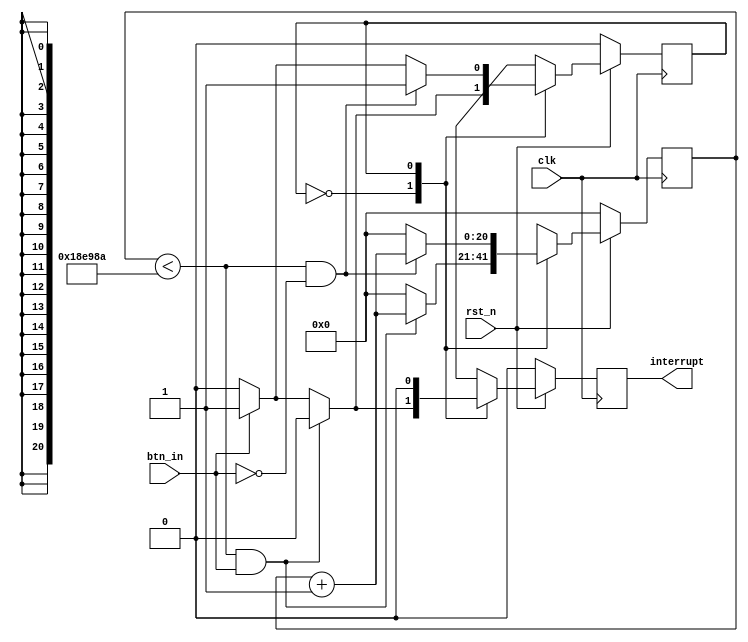
`timescale 1ns / 1ps

//////////////////////////////////////////////////////////////////////////////////
// Design Name: FM SYNTHESIZER
//
// Description: 
//////////////////////////////////////////////////////////////////////////////////


module debounce_pulse #(
    parameter   PULSE_WIDTH = 1
    )
    (
    input   wire    clk,
    input   wire    rst_n,
    input   wire    btn_in,
    output  wire    interrupt
    );
    
    localparam  IDLE    =   1'b0;
    localparam  ACTIVE  =   1'b1;
    localparam  MAX_VAL =   1_632_650;
    
    reg                         state;
    reg     [20:0]              count;
    reg     [PULSE_WIDTH-1:0]   pulse;
    
    assign interrupt = pulse[0];
    
    always @(posedge clk)
    begin

        if (~rst_n) begin
            state   <= IDLE;
            count   <= 0;
            pulse   <= 0;
        end
        else begin
            pulse   <=  (pulse >> 1);
            
            case (state)
                IDLE : begin
                    if ((count<MAX_VAL)&&(btn_in))
                    begin
                        count   <=  count+1;
                        state   <=  IDLE;
                        pulse   <=  0;
                    end
                    else if (!btn_in)
                    begin
                        count   <=  0;
                        state   <=  IDLE;
                        pulse   <=  0;
                    end
                    else
                    begin
                        count   <=  0;
                        state   <=  ACTIVE;
                        pulse   <=  ~0;
                    end
                end
                ACTIVE : begin
                    if ((count<MAX_VAL)&&(!btn_in))
                    begin
                        count   <=  count+1;
                        state   <=  ACTIVE;
                        pulse   <=  0;
                    end
                    else if (btn_in)
                    begin
                        count   <=  0;
                        state   <=  ACTIVE;
                        pulse   <=  0;                    
                    end
                    else
                    begin
                        count   <=  0;
                        state   <=  IDLE;
                        pulse   <=  0;
                    end
                end
                default : state <=  IDLE;            
            endcase
        end
    end
endmodule